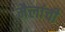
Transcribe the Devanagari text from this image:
मैलांची